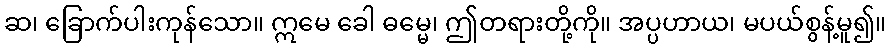
ဆ၊ ခြောက်ပါးကုန်သော။ ဣမေ ခေါ ဓမ္မေ၊ ဤတရားတို့ကို။ အပ္ပဟာယ၊ မပယ်စွန့်မူ၍။